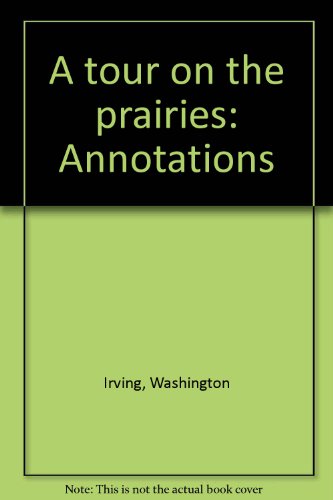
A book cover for A tour on the Prairies (Annotated Edition); Washington Irving; Travel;